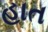
હાત